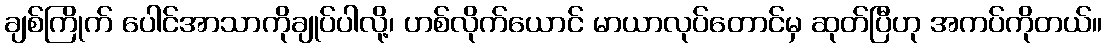
ချစ်ကြိုက် ပေါင်အာသာကိုချုပ်ပါလို့၊ ဟစ်လိုက်ယောင် မာယာလုပ်တောင်မှ ဆုတ်ပြီဟု အကပ်ကိုတယ်။